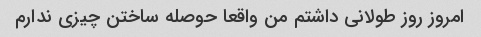
امروز روز طولانی داشتم من واقعا حوصله ساختن چیزی ندارم